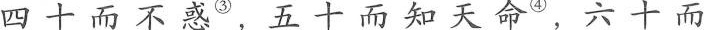
四十而不感^{③},五十而知天命^{④}六十而